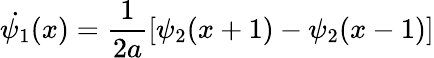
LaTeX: \dot{\psi_{1}}(x)=\frac{1}{2a}[\psi_{2}(x+1)-\psi_{2}(x-1)]